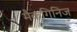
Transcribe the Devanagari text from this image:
मैकगिनिज